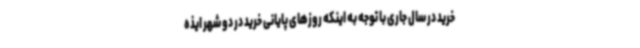
خرید در سال جاری با توجه به اینکه روزهای پایانی خرید در دو شهر ایذه